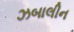
ઝબાલીન